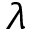
\lambda